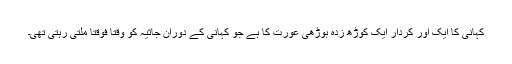
کہانی کا ایک اور کردار ایک کوڑھ زدہ بوڑھی عورت کا ہے جو کہانی کے دوران جاثیہ کو وقتاً فوقتاً ملتی رہتی تھی۔